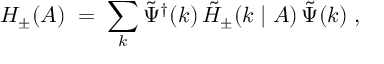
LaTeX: H _ { \pm } ( A ) \; = \; \sum _ { k } { \tilde { \Psi } } ^ { \dagger } ( k ) \, { \tilde { \cal H } } _ { \pm } ( k \mid A ) \, { \tilde { \Psi } } ( k ) \; ,